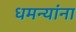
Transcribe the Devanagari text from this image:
धमन्यांना